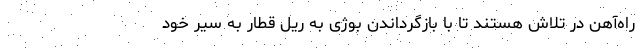
راه‌آهن در تلاش هستند تا با بازگرداندن بوژی به ریل قطار به سیر خود